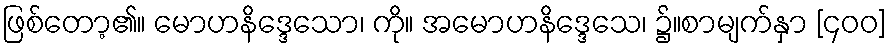
ဖြစ်တော့၏။ မောဟနိဒ္ဒေသော၊ ကို။ အမောဟနိဒ္ဒေသေ၊ ၌။စာမျက်နှာ [၄၀၀]